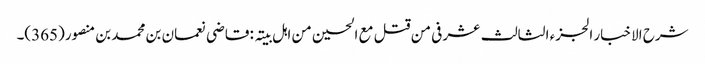
شرح الاخبار الجزء الثالث عشر فی من قتل مع الحسین من اہل بیتہ : قاضی نعمان بن محمد بن منصور(365)۔